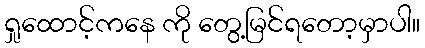
ရှုထောင့်ကနေ ကို တွေ့မြင်ရတော့မှာပါ။